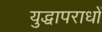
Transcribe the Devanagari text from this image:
युद्धापराधों